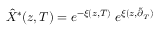
\hat { X } ^ { \ast } ( z , T ) = e ^ { - \xi ( z , T ) } \; e ^ { \xi ( z , \tilde { \partial } _ { T } ) }